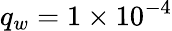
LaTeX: q_{w}=1\times 10^{-4}